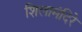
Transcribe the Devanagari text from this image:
शिलामंदिरे